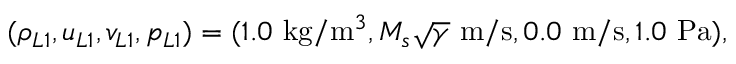
( \rho _ { L 1 } , u _ { L 1 } , v _ { L 1 } , p _ { L 1 } ) = ( 1 . 0 \mathrm { ~ k g } / \mathrm { m } ^ { 3 } , M _ { s } \sqrt { \gamma } \mathrm { ~ m } / \mathrm { s } , 0 . 0 \mathrm { ~ m } / \mathrm { s } , 1 . 0 \mathrm { ~ P a } ) ,